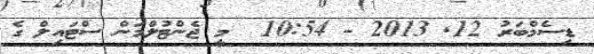
ޑިސެމްބަރު 12